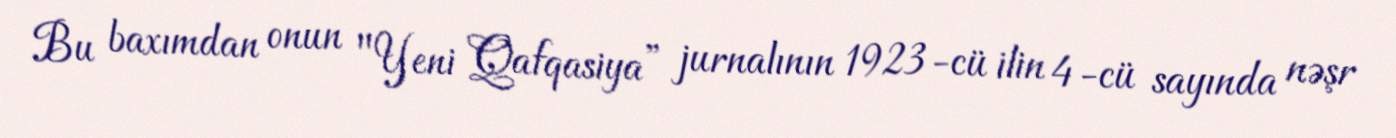
Bu baxımdan onun "Yeni Qafqasiya” jurnalının 1923-cü ilin 4-cü sayında nəşr